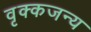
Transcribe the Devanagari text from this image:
वृक्कजन्य